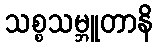
သစ္စသမ္ဘူတာနိ